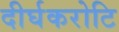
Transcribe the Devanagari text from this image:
दीर्घकरोटि